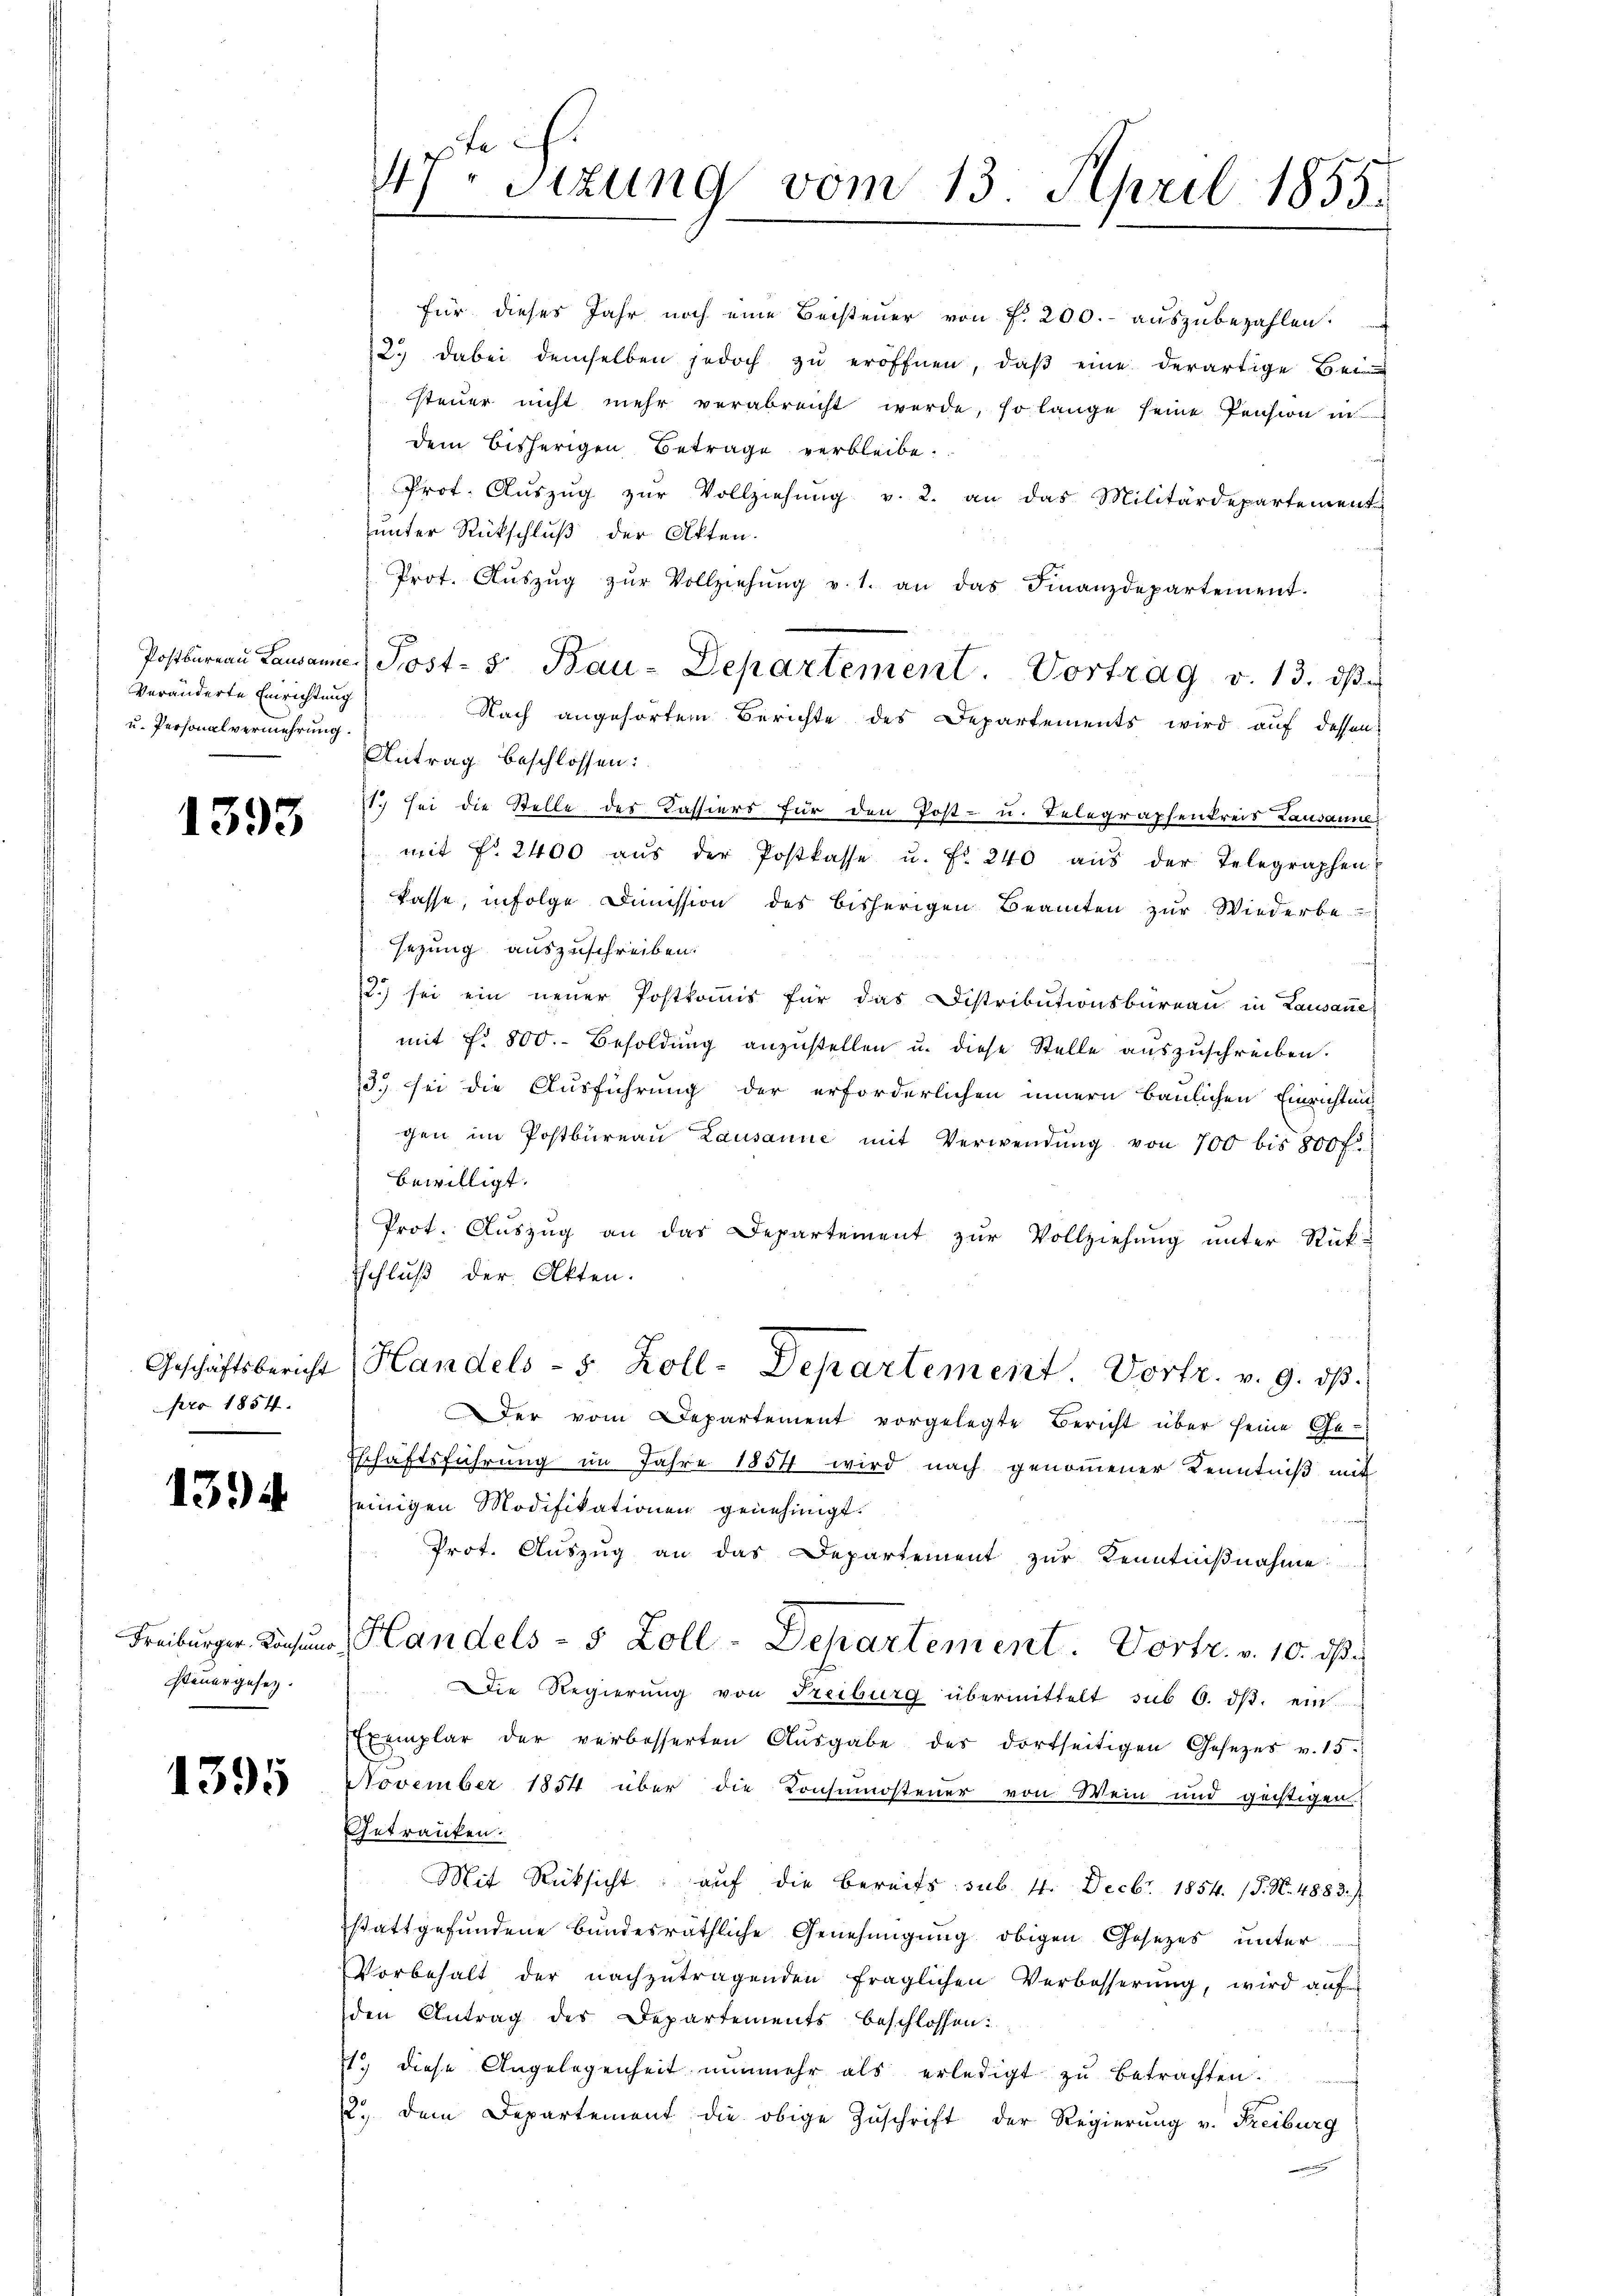
Veränderte Einrichtung
u. Personalvermehrung.

1393

pro 1854.

1394

Steuergesetz.

1395

47. Sizung vom 13. April 1855.

für dieses Jahr noch eine Beisteuer von f. 200.- auszubezahlen.
22. dabei demselben jedoch zu eröffnen, daß eine derartige Bei
steŭer nicht mehr verabreicht werde, so lange seine Pension in
dem bisherigen Betrage verbleibe.
Prot. Aŭszŭg zŭr Vollziehŭng v. 2. an das Militärdepartement
unter Rückschluß der Akten.
Prot. Aŭszŭg zŭr Vollziehŭng v. 1. an das Finanzdepartement.
Postbureau Lausanne Post- & Bau-Departement. Vortrag v. 13. dβ
Nach angehörten Berichte des Departements wird auf dessen
Antrag beschlossen:
17 sei die Stelle des Kassiers für den Post- u. Telegraphenkreis Lausanne
mit Fr. 2400 aŭs der Postkasse u. fr. 240 aus der Telegraphen
kasse, infolge Dimission des bisherigen Beamten zŭr Wiederbe-
sezung auszuschreiben.
2.) sei ein neuer Postkommis für das Distributionsbüreau in Lausannes
mit fr. 800. Besoldŭng anzŭstellen u. diese Stelle aŭszŭschreiben.
13.) sei die Ausführung der erforderlichen innern baulichen Einrichtung
gen im Postbureau Lausanne mit Verwendung von 700 bis 800 fl
bewilligt.
Prot. Aŭszŭg an das Departement zur Vollziehung unter Rück-
tschluß der Akten.
Geschäftsbericht Handels- 5 Zoll-Departement. Vortr. v. 9. dβ.
Der vom Departement vorgelegte Bericht über seine Ge-
Eschäftsführung im Jahre 1854 wird nach genommener Kenntniß mit
seinigen Modifikationen genehmigt.
h
Prot. Auszug an das Departement zur Kenntnißnahme
Freiburger Konsung, Handels- 5 Zoll-Departement. Vortr. v. 10. ds.
Die Regierung von Freiburg übermittelt sub 6. dβ. ein
Exemplar der verbesserten Aŭsgabe des dortseitigen Gesezes v. 15.
November 1854 über die Konsumostener von Wein und geistigen
Getraufen.
Mit Rücksicht auf die bereits sub. 4. Decbr. 1854. (S. N. 4883.
stattgefundene bundesräthliche Genehmigung obigen Gesetzes unter
Vorbehalt der nachzutragenden fraglichen Verbesserŭng, wird aŭf
den Antrag der Departements beschlossen:
1. diese Angelegenheit nŭnmehr als erledigt zŭ betrachten.
2. dem Departement die obige Zuschrift der Regierung v. Freiburg